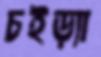
চইড়্যা